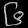
Digit: ၆